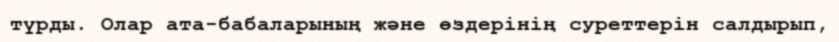
түрды. Олар ата-бабаларының және өздерінің суреттерін салдырып,